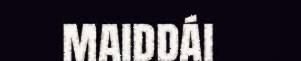
maiddái